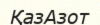
ҚазАзот